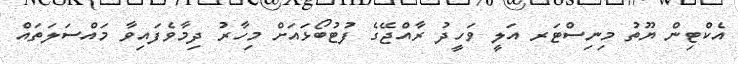
އެކްޓިން ޔޫތު މިނިސްޓަރ އަލީ ވަހީދު ރާއްޖޭގެ ފުޓުބޯޅައަށް މިހާރު ދިމާވެފައިވާ މައްސަލަތައް